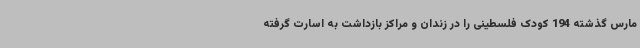
مارس گذشته 194 کودک فلسطینی را در زندان و مراکز بازداشت به اسارت گرفته